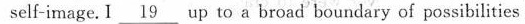
self-image.I \underline{19} up to a brosd boundery of possibilities